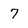
Character: 7